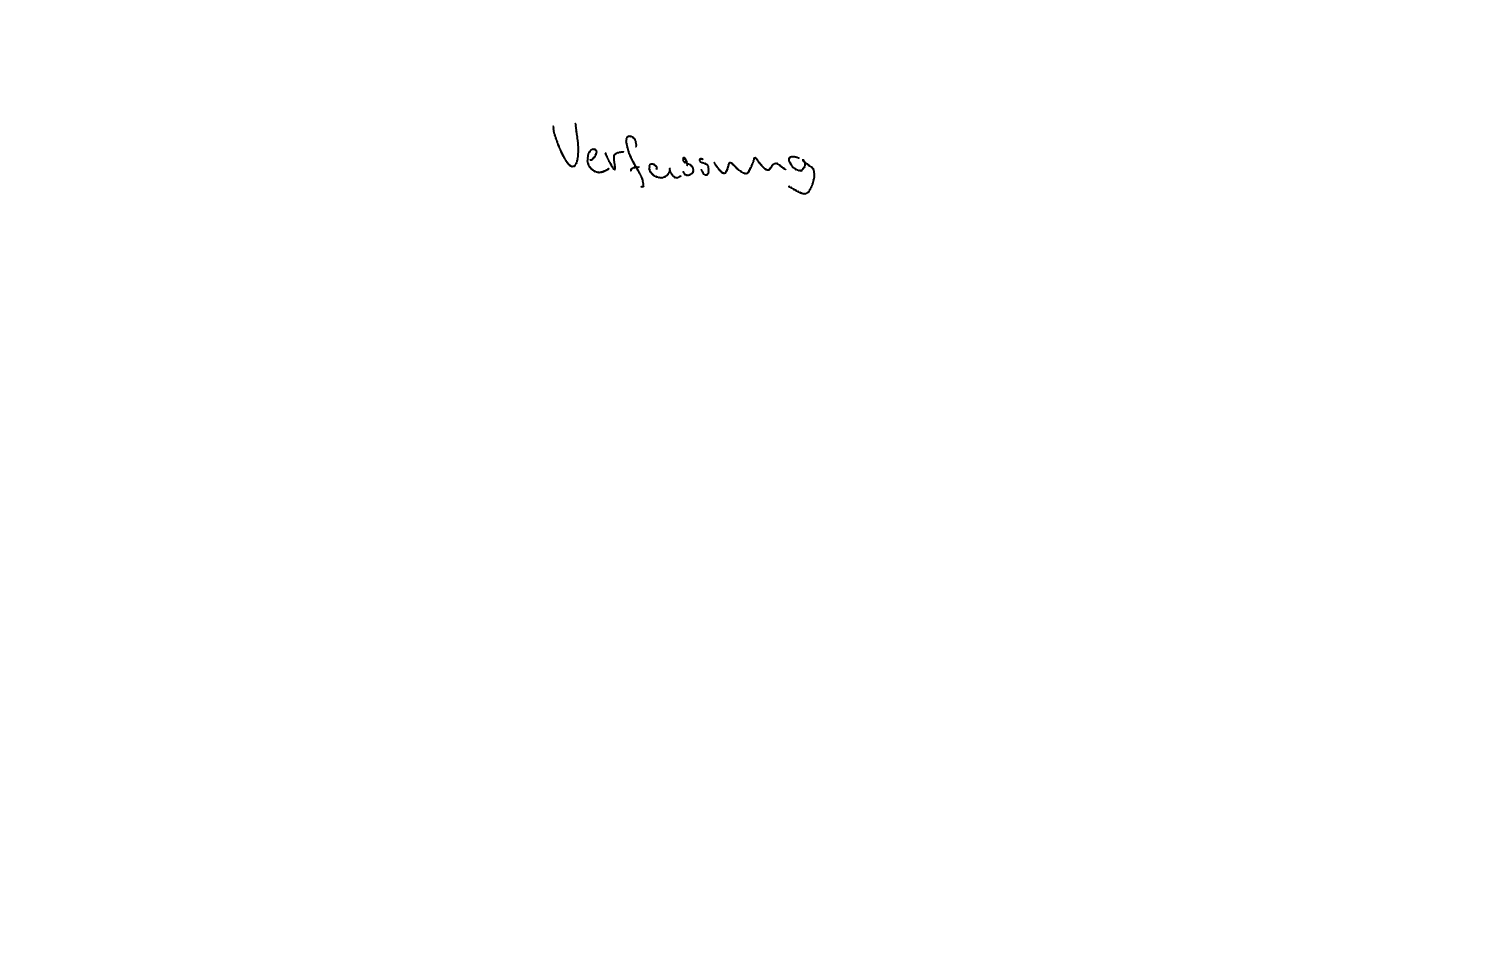
Text: Verfassung